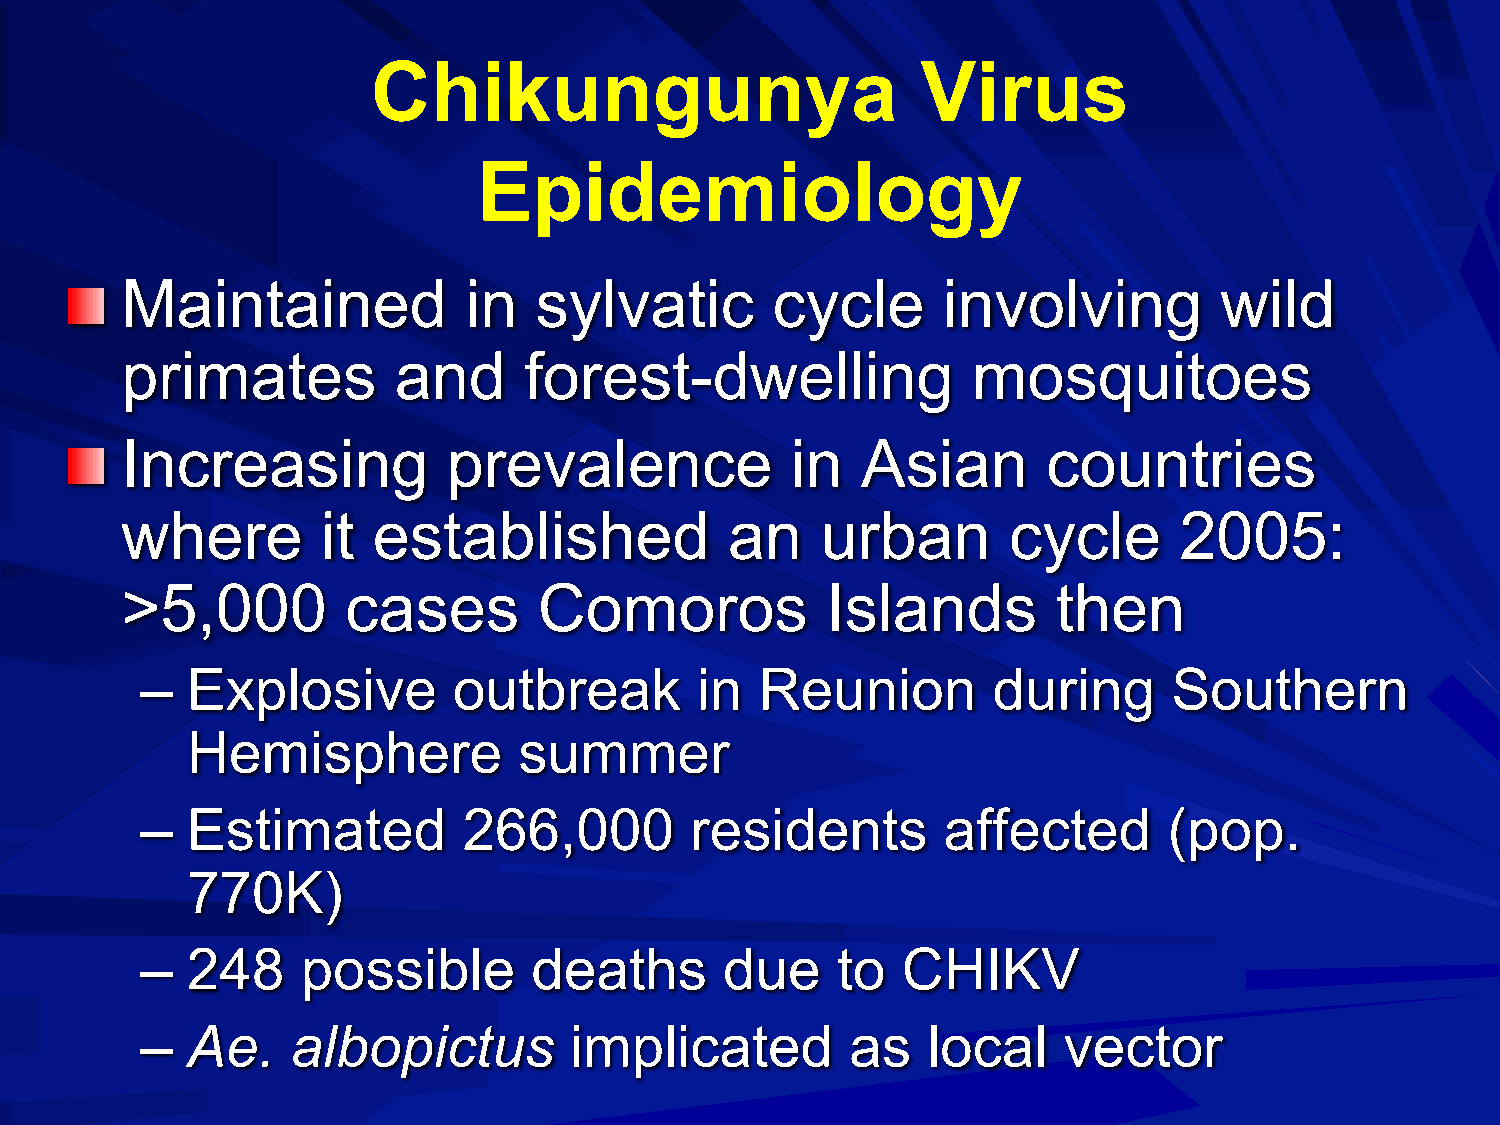
Chikungunya                         Virus
 Epidemiology
 Maintained             in  sylvatic        cycle      involving          wild
 primates          and      forest-dwelling              mosquitoes
 Increasing            prevalence            in   Asian       countries
 where        it  established            an    urban        cycle      2005:
 >5,000         cases        Comoros            Islands        then
 –  Explosive         outbreak        in  Reunion         during      Southern
 Hemisphere            summer
 –  Estimated          266,000        residents       affected       (pop.
 770K)
 –  248     possible       deaths       due    to   CHIKV
 –  Ae.    albopictus         implicated        as   local    vector